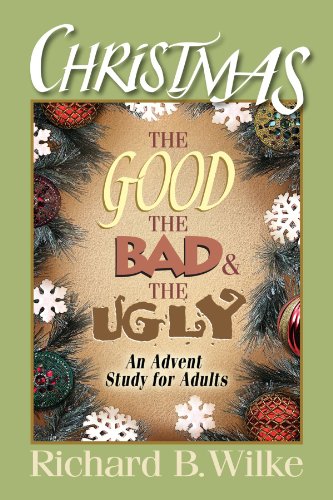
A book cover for Christmas: The Good, the Bad, and the Ugly: An Advent Study for Adults; Richard B. Wilke; Christian Books & Bibles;